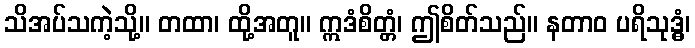
သိအပ်သကဲ့သို့။ တထာ၊ ထို့အတူ။ ဣဒံစိတ္တံ၊ ဤစိတ်သည်။ နတာဝ ပရိသုဒ္ဓံ၊